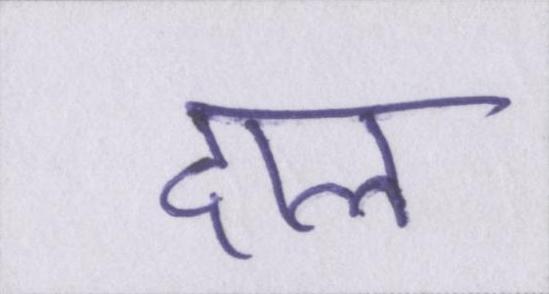
दाल